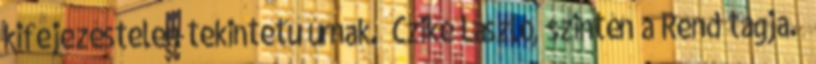
kifejezéstelen te­kin­tetű úrnak. „Czike László, szintén a Rend tagja.”